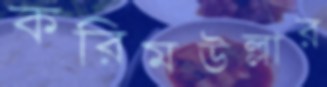
করিমউল্লার